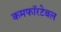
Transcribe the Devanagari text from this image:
कमफॉरटेबल